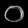
Digit: ၀